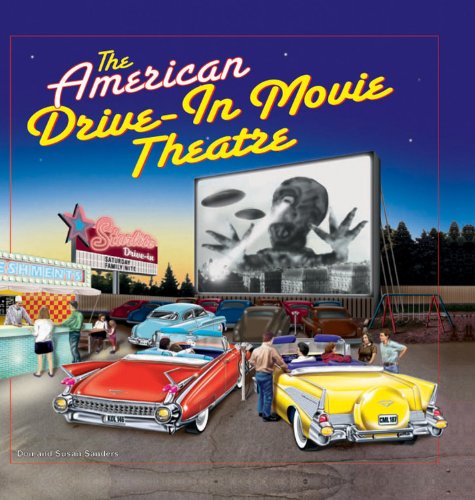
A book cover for The American Drive-In Movie Theatre; Don Sanders; Humor & Entertainment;